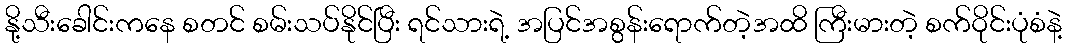
နို့သီးခေါင်းကနေ စတင် စမ်းသပ်နိုင်ပြီး ရင်သားရဲ့ အပြင်အစွန်းရောက်တဲ့အထိ ကြီးမားတဲ့ စက်ဝိုင်းပုံစံနဲ့